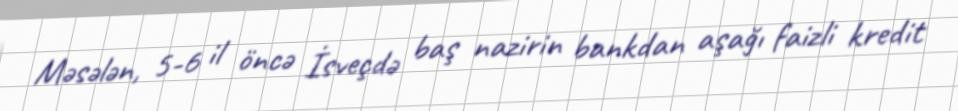
Məsələn, 5-6 il öncə İsveçdə baş nazirin bankdan aşağı faizli kredit